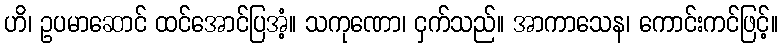
ဟိ၊ ဥပမာဆောင် ထင်အောင်ပြအံ့။ သကုဏော၊ ငှက်သည်။ အာကာသေန၊ ကောင်းကင်ဖြင့်။